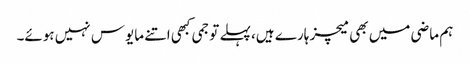
ہم ماضی میں بھی میچز ہارے ہیں، پہلے تو جمی کبھی اتنے مایوس نہیں ہوئے۔